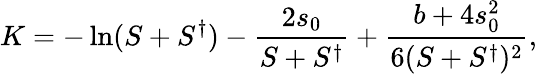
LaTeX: K=-\ln(S+S^{\dagger})-\frac{2s_{0}}{S+S^{\dagger}}+\frac{b+4s_{0}^{2}}{6(S+S^{\dagger})^{2}},